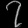
Digit: ၇